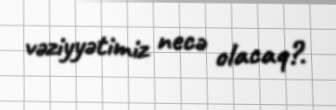
vəziyyətimiz necə olacaq?.